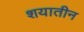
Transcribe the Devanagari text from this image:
शयातीन